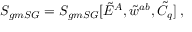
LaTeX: S _ { g m S G } = S _ { g m S G } [ \tilde { E } ^ { A } , \tilde { w } ^ { a b } , \tilde { C } _ { q } ] \; ,